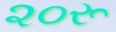
૨૦રૂ